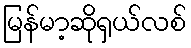
မြန်မာ့ဆိုရှယ်လစ်